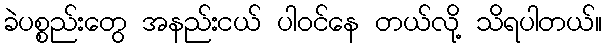
ခဲပစ္စည်းတွေ အနည်းငယ် ပါဝင်နေ တယ်လို့ သိရပါတယ်။